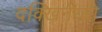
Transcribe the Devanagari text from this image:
दक्खिनेय्यो